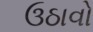
ઉઠાવો